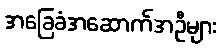
အခြေခံအဆောက်အဦများ